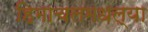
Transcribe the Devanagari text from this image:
हिमाचलमधल्या